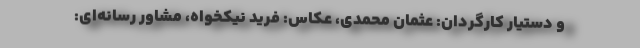
و دستیار کارگردان: عثمان محمدی، عکاس: فرید نیکخواه، مشاور رسانه‌ای: